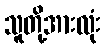
သူတို့အားလုံး